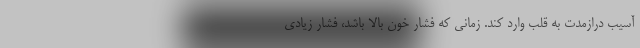
آسیب درازمدت به قلب وارد کند. زمانی که فشار خون بالا باشد، فشار زیادی